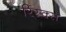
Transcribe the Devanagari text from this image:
रिस्क्स